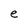
Character: e